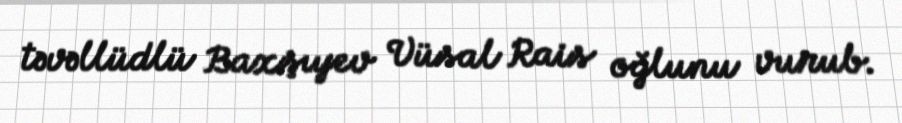
təvəllüdlü Baxşıyev Vüsal Rais oğlunu vurub.